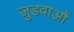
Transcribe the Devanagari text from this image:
जुडवाओं